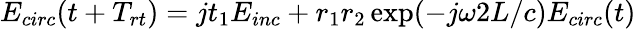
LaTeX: E_{circ}(t+T_{rt})=jt_{1}E_{inc}+r_{1}r_{2}\exp(-j\omega 2L/c)E_{circ}(t)